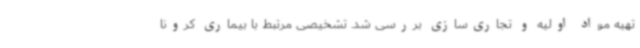
تهیه مواد اولیه و تجاری‌سازی بررسی شد. تشخیصی مرتبط با بیماری کرونا